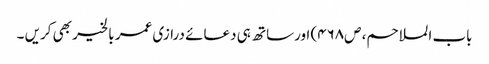
باب الملاحم، ص۴۶۸) اورساتھ ہی دعائے درازی عمر بالخیر بھی کریں ۔